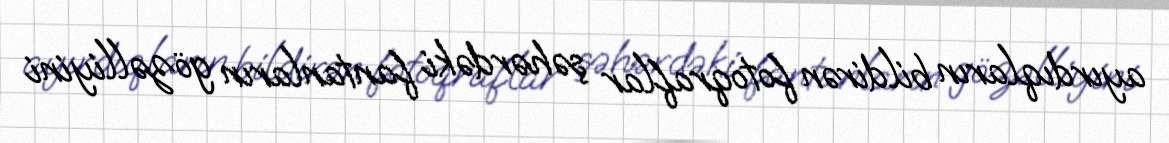
ayırdıqların bildirən fotoqraflar şəhərdəki fantanların gözəlliyini